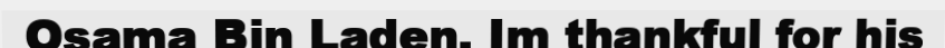
Osama Bin Laden. Im thankful for his